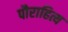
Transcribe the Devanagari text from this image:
पौराहित्य